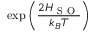
\exp \left( \frac { 2 H _ { \mathrm { ~ S ~ O ~ } } } { k _ { B } T } \right)